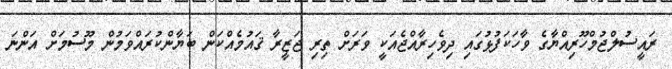
ރައީސުލްޖުމްހޫރިއްޔާގެ ވާހަކަފުޅުގައި ދިވެހިރާއްޖެއަކީ ވަރަށް ތިރި ޖަޒީރާ ޤައުމެއްކަން ބަޔާންކުރައްވަމުން މޫސުމަށް އަންނަ